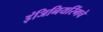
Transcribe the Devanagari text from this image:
इंजिनियरिंगचे